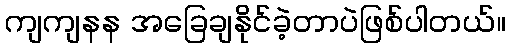
ကျကျနန အခြေချနိုင်ခဲ့တာပဲဖြစ်ပါတယ်။